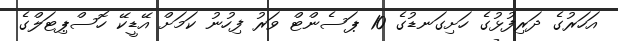
އަހަރުގެ ދަރިފުޅުގެ ހަށިގަނޑުގެ 10 ޕަސެންޓް ވަރު ފިހުނު ކަމަށް އޭޑީކޭ ހޮސްޕިޓަލްގެ